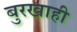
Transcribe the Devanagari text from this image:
बुरखाही